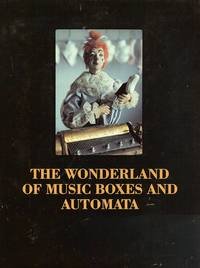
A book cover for The Wonderland Of Music Boxes And Automata; Daniel Troquet; Crafts, Hobbies & Home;